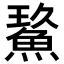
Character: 𩷡